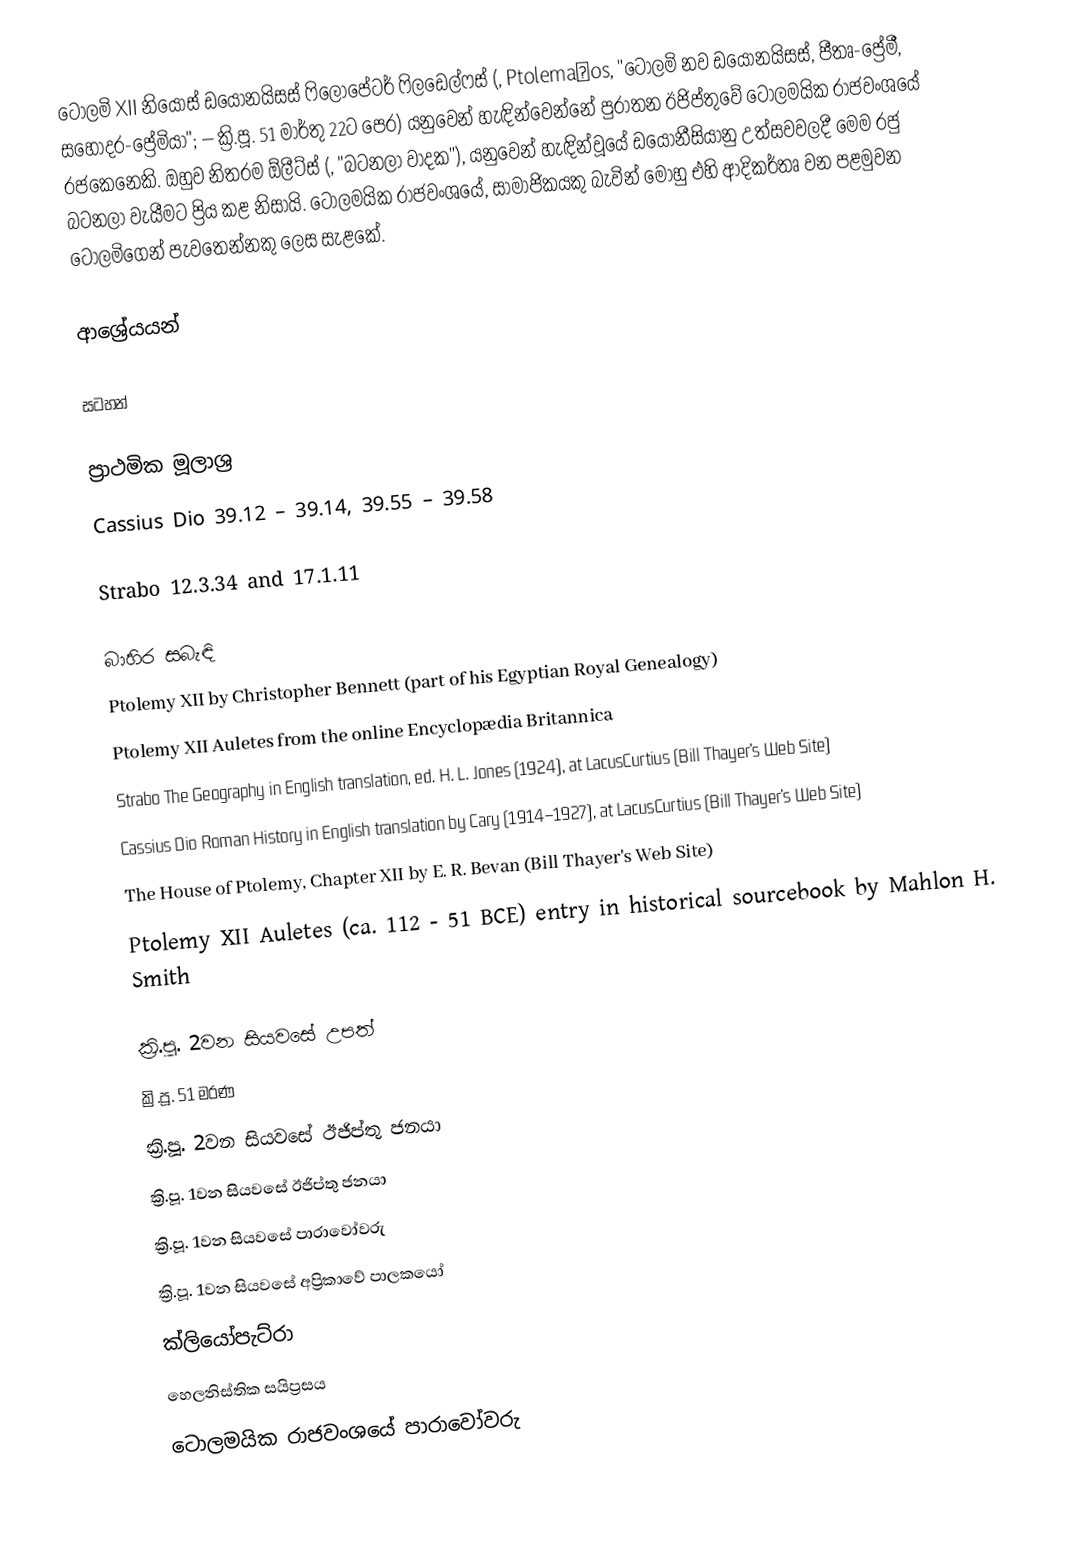
ටොලමි XII නියොස් ඩයොනයිසස් ෆිලොපේටර් ෆිලඩෙල්ෆස් (, Ptolemaĩos, "ටොලමි නව ඩයොනයිසස්, පීතෘ-ප්‍රේමී, සහෝදර-ප්‍රේමියා";  – ක්‍රි.පූ. 51 මාර්තු 22ට පෙර) යනුවෙන් හැඳින්වෙන්නේ පුරාතන ඊජිප්තුවේ ටොලමයික රාජවංශයේ රජකෙනෙකි. ඔහුව නිතරම ඕලීට්ස් (, "බටනලා වාදක"), යනුවෙන් හැඳින්වූයේ ඩයොනීසියානු උත්සවවලදී මෙම රජු බටනලා වැයීමට ප්‍රිය කළ නිසායි. ටොලමයික රාජවංශයේ, සාමාජිකයකු බැවින් මොහු එහි ආදිකර්තෘ වන පළමුවන ටොලමිගෙන් පැවතෙන්නකු ලෙස සැළකේ.

ආශ්‍රේයයන්

සටහන්

ප්‍රාථමික මූලාශ්‍ර
Cassius Dio 39.12 – 39.14, 39.55 – 39.58

Strabo 12.3.34 and 17.1.11

බාහිර සබැඳි
Ptolemy XII by Christopher Bennett (part of his Egyptian Royal Genealogy)
Ptolemy XII Auletes from the online Encyclopædia Britannica
Strabo The Geography in English translation, ed. H. L. Jones (1924), at LacusCurtius (Bill Thayer's Web Site)
Cassius Dio Roman History in English translation by Cary (1914–1927), at LacusCurtius (Bill Thayer's Web Site)
The House of Ptolemy, Chapter XII by E. R. Bevan (Bill Thayer's Web Site)
Ptolemy XII Auletes (ca. 112 - 51 BCE) entry in historical sourcebook by Mahlon H. Smith

ක්‍රි.පූ. 2වන සියවසේ උපත්
ක්‍රි.පූ. 51 මරණ
ක්‍රි.පූ. 2වන සියවසේ ඊජිප්තු ජනයා
ක්‍රි.පූ. 1වන සියවසේ ඊජිප්තු ජනයා
ක්‍රි.පූ. 1වන සියවසේ පාරාවෝවරු
ක්‍රි.පූ. 1වන සියවසේ අප්‍රිකාවේ පාලකයෝ
ක්ලියෝපැට්රා
හෙලනිස්තික සයිප්‍රසය
ටොලමයික රාජවංශයේ පාරාවෝවරු